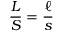
{ \frac { L } { S } } = { \frac { \ell } { s } }